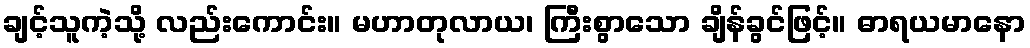
ချင့်သူကဲ့သို့ လည်းကောင်း။ မဟာတုလာယ၊ ကြီးစွာသော ချိန်ခွင်ဖြင့်။ ဓာရယမာနော